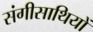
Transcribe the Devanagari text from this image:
संगीसाथियों